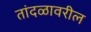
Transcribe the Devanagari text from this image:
तांदळावरील